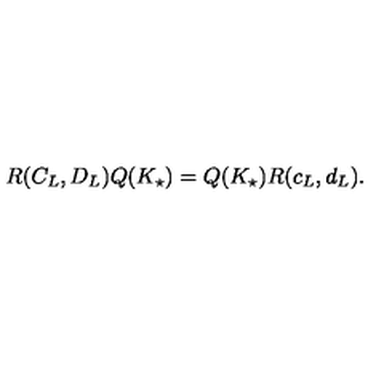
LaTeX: R ( C _ { L } , D _ { L } ) Q ( K _ { \star } ) = Q ( K _ { \star } ) R ( c _ { L } , d _ { L } ) .